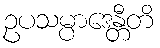
ဥပသမ္ပာဒေန္တီတိ